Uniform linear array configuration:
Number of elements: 8
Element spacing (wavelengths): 1
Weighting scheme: exponential
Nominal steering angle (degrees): -30
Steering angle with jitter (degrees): -31.559
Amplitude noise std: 0.05
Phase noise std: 0.05

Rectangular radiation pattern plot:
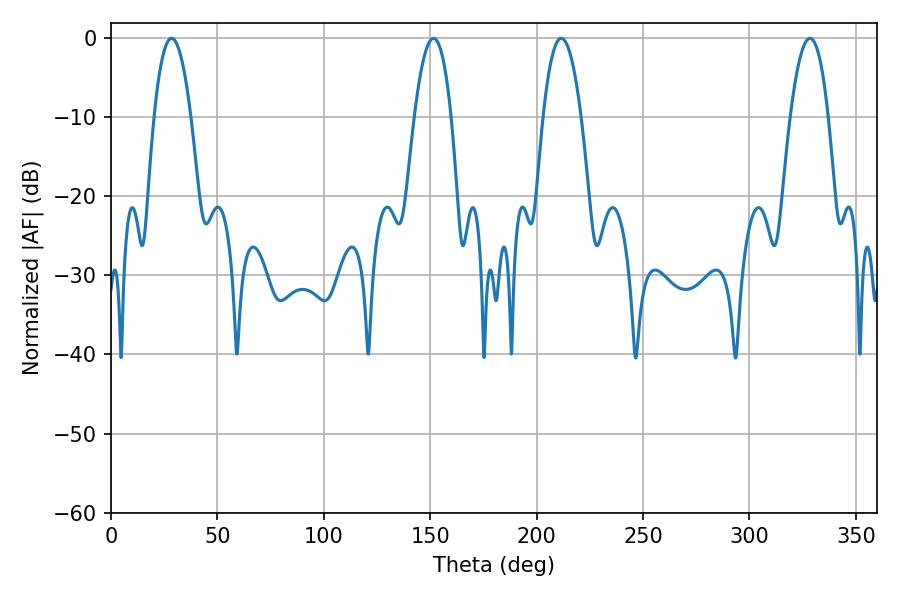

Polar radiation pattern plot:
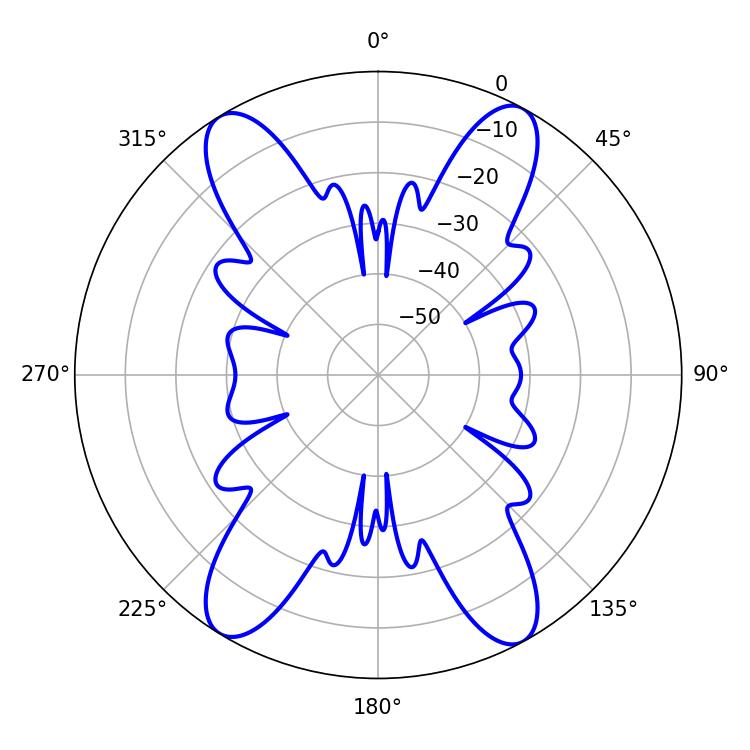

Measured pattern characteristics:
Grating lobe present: TRUE
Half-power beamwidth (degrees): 9.54
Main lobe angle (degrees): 28.44